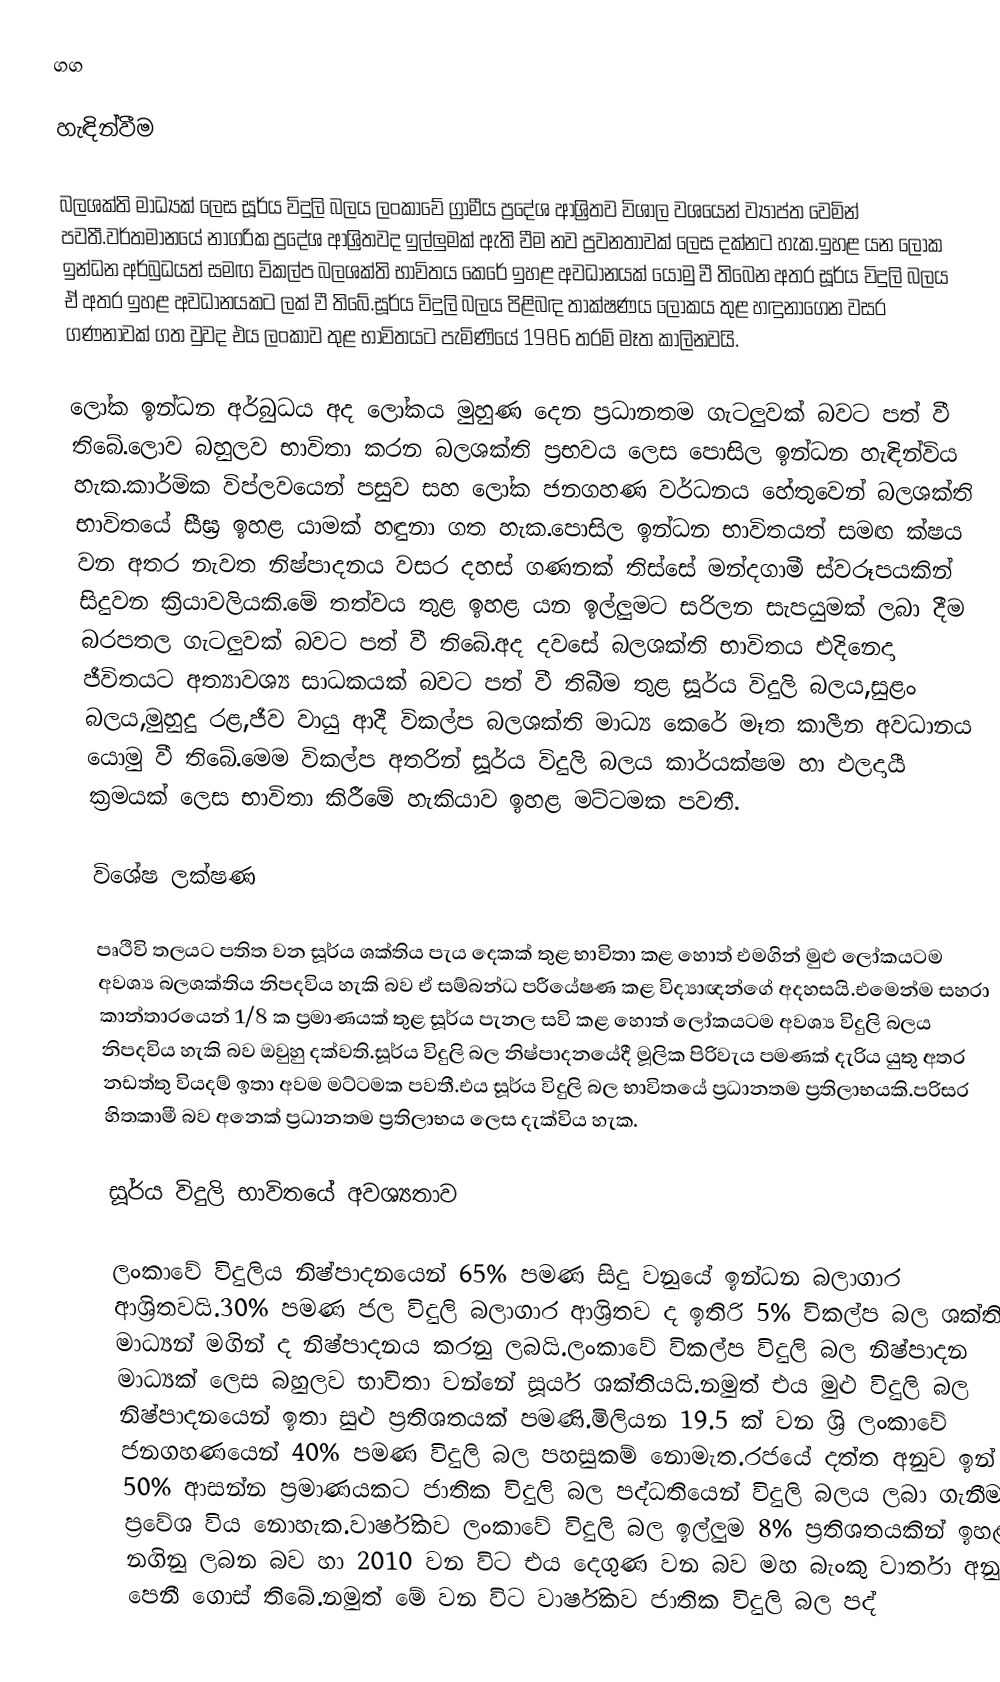
ගග

හැඳින්වීම

බලශක්ති මාධ්‍යක් ලෙස සූර්ය විදුලි බලය ලංකාවේ ග්‍රාමීය ප්‍රදේශ ආශ්‍රිතව විශාල වශයෙන් ව්‍යාප්ත වෙමින් පවතී.වර්තමානයේ නාගරික ප්‍රදේශ ආශ්‍රිතවද ඉල්ලුමක් ඇති වීම  නව ප්‍රවනතාවක් ලෙස දක්නට හැක.ඉහළ යන ලෝක ඉන්ධන අර්බුධයත් සමඟ විකල්ප බලශක්ති භාවිතය කෙරේ ඉහළ අවධානයක් යොමු වී තිබෙන අතර සූර්ය විදුලි බලය ඒ අතර ඉහළ අවධානයකට ලක් වී තිබේ.සූර්ය විදුලි බලය පිළිබඳ තාක්ෂණය ලෝකය තුළ හඳුනාගෙන වසර ගණනාවක් ගත වුවද එය ලංකාව තුළ භාවිතයට පැමිණියේ 1986 තරම් මෑත කාලිනවයි.

ලෝක ඉන්ධන අර්බුධය අද ලෝකය මුහුණ දෙන ප්‍රධානතම ගැටලුවක් බවට පත් වී තිබේ.ලොව බහුලව භාවිතා කරන බලශක්ති ප්‍රභවය ලෙස පොසිල ඉන්ධන හැඳින්විය හැක.කාර්මික විප්ලවයෙන් පසුව සහ ලෝක ජනගහණ වර්ධනය හේතුවෙන් බලශක්ති භාවිතයේ සීඝ්‍ර ඉහළ යාමක් හඳුනා ගත හැක.පොසිල ඉන්ධන භාවිතයත් සමඟ ක්ෂය වන අතර නැවත නිෂ්පාදනය වසර දහස් ගණනක් තිස්සේ මන්දගාමී ස්වරූපයකින් සිදුවන ක්‍රියාවලියකි.මේ තත්වය තුළ ඉහළ යන ඉල්ලුමට සරිලන සැපයුමක් ලබා දීම බරපතල ගැටලුවක් බවට පත් වී තිබේ.අද දවසේ බලශක්ති භාවිතය එදිනෙදා ජීවිතයට අත්‍යාවශ්‍ය සාධකයක් බවට පත් වී තිබීම තුළ සූර්ය විදුලි බලය,සුළං බලය,මුහුදු රළ,ජීව වායු  ආදී විකල්ප බලශක්ති මාධ්‍ය කෙරේ මෑත කාලීන අවධානය යොමු වී තිබේ.මෙම විකල්ප අතරින් සූර්ය විදුලි බලය  කාර්යක්ෂම හා ඵලදායී ක්‍රමයක් ලෙස භාවිතා කිරීමේ හැකියාව ඉහළ මට්ටමක පවතී.

විශේෂ ලක්ෂණ

පෘථිවි තලයට පතිත වන සූර්ය ශක්තිය පැය දෙකක් තුළ භාවිතා කළ හොත් එමගින් මුළු ලෝකය‍ටම අවශ්‍ය බලශක්තිය නිපදවිය හැකි බව ඒ සම්බන්ධ පරීයේෂණ කළ විද්‍යාඥන්ගේ අදහසයි.එමෙන්ම සහරා කාන්තාරයෙන් 1/8 ක ප්‍රමාණයක් තුළ සූර්ය පැනල සවි කළ හොත් ලෝකයටම අවශ්‍ය විදුලි බලය නිපදවිය හැකි බව ඔවුහු දක්වති.සූර්ය විදුලි බල නිෂ්පාදනයේදී මූලික පිරිවැය පමණක් දැරිය යුතු අතර නඩත්තු වියදම් ඉතා අවම මට්ටමක පවතී.එය සූර්ය විදුලි බල භාවිතයේ ප්‍රධානතම ප්‍රතිලාභයකි.පරිසර හිතකාමී බව අනෙක් ප්‍රධානතම ප්‍රතිලාභය ලෙස දැක්විය හැක.

සූර්ය විදුලි භාවිතයේ අවශ්‍යතාව

ලංකාවේ විදුලිය නිෂ්පාදනයෙන් 65% පමණ  සිදු වනුයේ ඉන්ධන බලාගාර ආශ්‍රිතවයි.30% පමණ ජල විදුලි බලාගාර ආශ්‍රිතව ද ඉතිරි 5% විකල්ප බල ශක්ති මාධ්‍යන් මගින් ද නිෂ්පාදනය කරනු ලබයි.ලංකාවේ විකල්ප විදුලි බල නිෂ්පාදන මාධ්‍යක් ලෙස බහුලව භාවිතා වන්නේ සූර්ය ශක්තියයි.නමුත් එය මුළු විදුලි බල නිෂ්පාදනයෙන් ඉතා සුළු ප්‍රතිශතයක් පමණි.මිලියන 19.5 ක් වන  ශ්‍රි ලංකාවේ  ජනගහණයෙන් 40% පමණ විදුලි බල පහසුකම් නොමැත.රජයේ දත්ත අනුව ඉන් 50%  ආසන්න ප්‍රමාණයකට ජාතික විදුලි බල පද්ධතියෙන් විදුලි බලය ලබා ගැනීමට ප්‍රවේශ විය නොහැක.වාර්ෂිකව ලංකාවේ විදුලි බල ඉල්ලුම 8% ප්‍රතිශතයකින් ඉහළ නගිනු ලබන බව හා 2010 වන විට එය දෙගුණ වන බව මහ බැංකු වාර්තා අනුව පෙනී ගොස් තිබේ.නමුත් මේ වන විට වාර්ෂිකව ජාතික විදුලි බල පද්